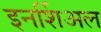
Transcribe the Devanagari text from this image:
इनर्शिअल